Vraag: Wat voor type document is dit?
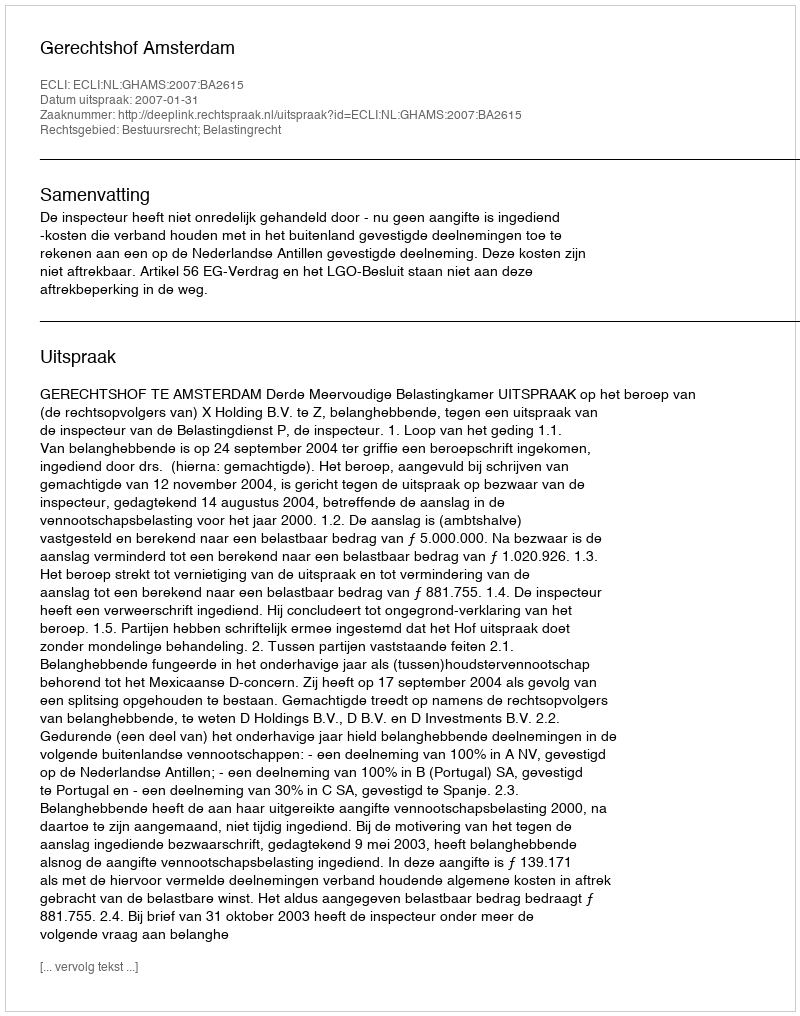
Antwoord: Uitspraak